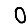
Digit: 0